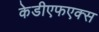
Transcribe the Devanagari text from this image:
केडीएफएक्स